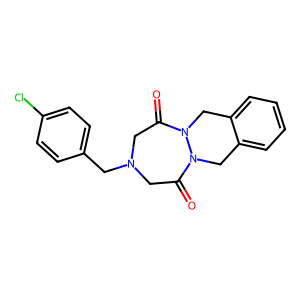
SMILES: O=C1CN(Cc2ccc(Cl)cc2)CC(=O)N2Cc3ccccc3CN12
Inhibits HIV replication: No